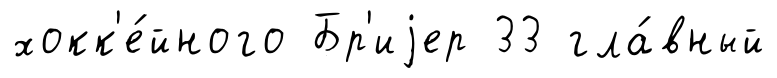
хокк'е́йного Бр'иjер 33 гла́вный